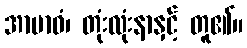
အာဗာဓံ၊ တုံးလုံးနာနှင့် တူ၏။